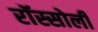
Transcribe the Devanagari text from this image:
रॉस्सोली